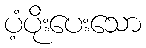
ပံ့ပိုးပေးသော